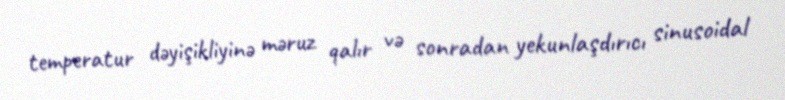
temperatur dəyişikliyinə məruz qalır və sonradan yekunlaşdırıcı sinusoidal